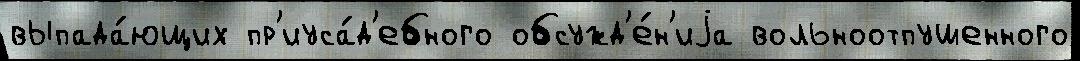
выпада́ющих пр'иуса́д'ебного обсужд'е́н'иjа вольноотпушенного